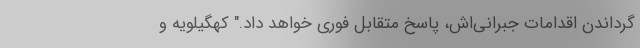
گرداندن اقدامات جبرانی‌اش، پاسخ متقابل فوری خواهد داد." کهگیلویه و